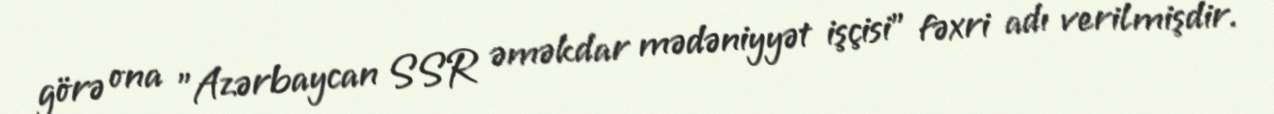
görə ona "Azərbaycan SSR əməkdar mədəniyyət işçisi" fəxri adı verilmişdir.